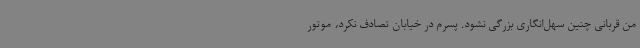
من قربانی چنین سهل‌انگاری بزرگی نشود. پسرم در خیابان تصادف نکرد، موتور